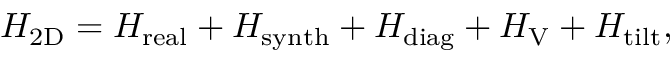
\begin{array} { r } { H _ { \mathrm { { 2 D } } } = H _ { \mathrm { { r e a l } } } + H _ { \mathrm { { s y n t h } } } + H _ { \mathrm { { d i a g } } } + H _ { \mathrm { { V } } } + H _ { \mathrm { { t i l t } } } , } \end{array}